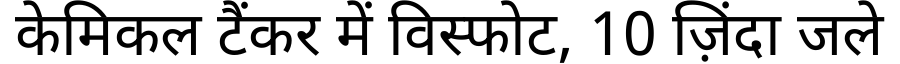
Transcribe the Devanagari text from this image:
केमिकल टैंकर में विस्फोट, 10 ज़िंदा जले